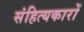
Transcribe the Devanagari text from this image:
संहित्यकारों